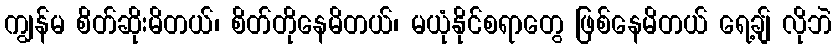
ကျွန်မ စိတ်ဆိုးမိတယ်၊ စိတ်တိုနေမိတယ်၊ မယုံနိုင်စရာတွေ ဖြစ်နေမိတယ် ရေ့ချ် လိုဘဲ